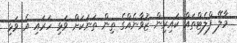
މާލޭ ފްލެޓްތައް ކައިރިން ޒުވާނެއްގެ ތިން ތަނަކަށް ވަޅި ހަރައި އެ ވަޅި